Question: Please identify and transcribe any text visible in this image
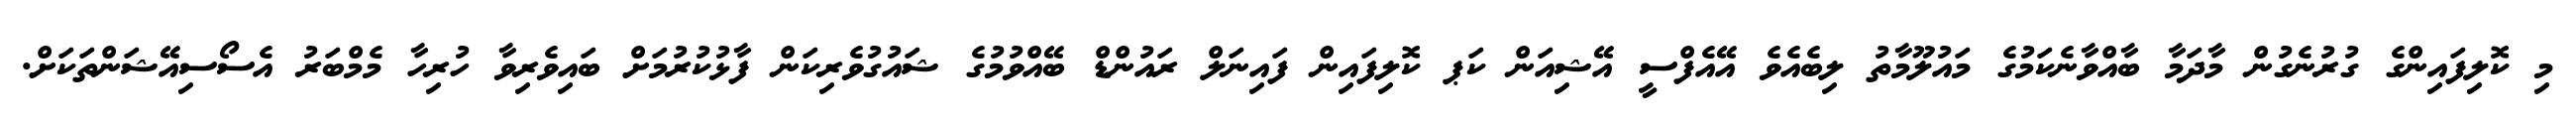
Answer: މި ކޮލިފައިންގެ ގުރުނެގުން މާދަމާ ބާއްވާނެކަމުގެ މައުލޫމާތު ލިބެއެވެ އޭއެފްސީ އޭޝިއަން ކަޕ ކޮލިފައިން ފައިނަލް ރައުންޑް ބޭއްވުމުގެ ޝައުގުވެރިކަން ފާޅުކުރުމަށް ބައިވެރިވާ ހުރިހާ މެމްބަރު އެސޯސިއޭޝަންތަކަށް.